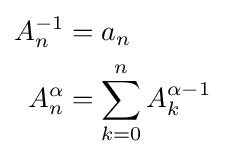
{\begin{aligned}A_{n}^{-1}&=a_{n}\\A_{n}^{\alpha }&=\sum _{k=0}^{n}A_{k}^{\alpha -1}\end{aligned}}